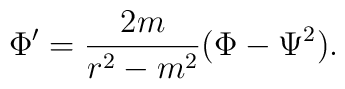
\Phi '= {2m\over r^2-m^2} (\Phi -\Psi^2).